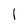
Character: l